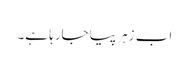
اب زہر پیا جارہا ہے۔